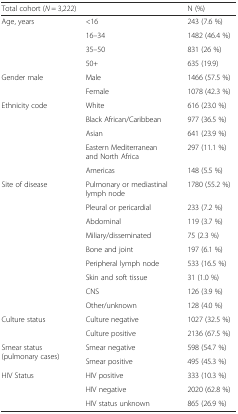
| <COLSPAN=2> Total cohort (N = 3,222) | N (%) |
 | --- | --- | --- |
 | <ROWSPAN=4> Age, years | <16 | 243 (7.6 %) |
 | 16–34 | 1482 (46.4 %) |
 | 35–50 | 831 (26 %) |
 | 50+ | 635 (19.9) |
 | <ROWSPAN=2> Gender male | Male | 1466 (57.5 %) |
 | Female | 1078 (42.3 %) |
 | <ROWSPAN=5> Ethnicity code | White | 616 (23.0 %) |
 | Black African/Caribbean | 977 (36.5 %) |
 | Asian | 641 (23.9 %) |
 | Eastern Mediterranean and North Africa | 297 (11.1 %) |
 | Americas | 148 (5.5 %) |
 | <ROWSPAN=9> Site of disease | Pulmonary or mediastinal lymph node | 1780 (55.2 %) |
 | Pleural or pericardial | 233 (7.2 %) |
 | Abdominal | 119 (3.7 %) |
 | Miliary/disseminated | 75 (2.3 %) |
 | Bone and joint | 197 (6.1 %) |
 | Peripheral lymph node | 533 (16.5 %) |
 | Skin and soft tissue | 31 (1.0 %) |
 | CNS | 126 (3.9 %) |
 | Other/unknown | 128 (4.0 %) |
 | <ROWSPAN=2> Culture status | Culture negative | 1027 (32.5 %) |
 | Culture positive | 2136 (67.5 %) |
 | <ROWSPAN=2> Smear status (pulmonary cases) | Smear negative | 598 (54.7 %) |
 | Smear positive | 495 (45.3 %) |
 | <ROWSPAN=3> HIV Status | HIV positive | 333 (10.3 %) |
 | HIV negative | 2020 (62.8 %) |
 | HIV status unknown | 865 (26.9 %) |